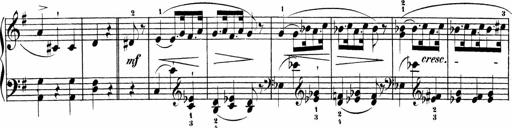
Title: Sonatinas
Composer: Andrew Violette